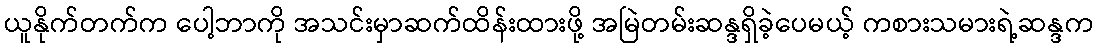
ယူနိုက်တက်က ပေါ့ဘာကို အသင်းမှာဆက်ထိန်းထားဖို့ အမြဲတမ်းဆန္ဒရှိခဲ့ပေမယ့် ကစားသမားရဲ့ဆန္ဒက